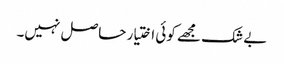
بے شک مجھے کوئی اختیار حاصل نہیں۔